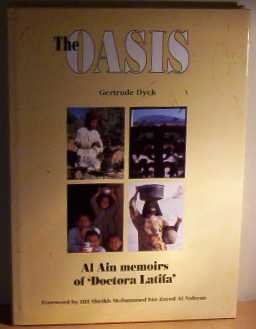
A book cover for The Oasis: Al Ain Memoirs of Doctora Latifa (Arabian Heritage); Gertrude Dyck; History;